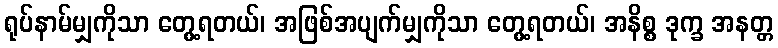
ရုပ်နာမ်မျှကိုသာ တွေ့ရတယ်၊ အဖြစ်အပျက်မျှကိုသာ တွေ့ရတယ်၊ အနိစ္စ ဒုက္ခ အနတ္တ